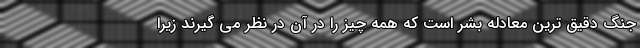
جنگ دقیق ترین معادله بشر است که همه چیز را در آن در نظر می گیرند زیرا